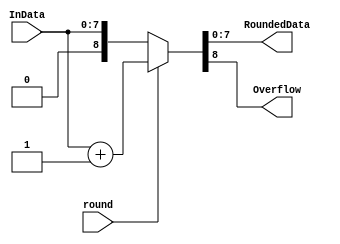
`timescale 1ns / 1ps
//////////////////////////////////////////////////////////////////////////////////
// Company: muhamedtawfik@outlook.com
// 
// Design Name: 
// Module Name:    roundAdder 
// Project Name:   Floating point unit 
// Target Devices: 
// Tool versions: 
// Description: 
//        this adder to get the exact floating point unit with least error 
//			 as the result could be infinite number of bits.
//////////////////////////////////////////////////////////////////////////////////
module roundAdder( round , InData , RoundedData , Overflow
    );
	 
	 parameter DataSize = 8 ; // the result size 
	 
	 input round ; // to indicate the result should be rounded or not
	 input [ DataSize - 1 : 0 ] InData ; // the result without the guard bits to be rounded
	 
	 output Overflow ; // to correct exponent 
	 output [ DataSize - 1 : 0 ] RoundedData ; // the final result 
	 
	 // if round = G ( L + R + T ) = 1 
	 // we should round up the result to the nearest or if tie to even 
    // which produce the less error 
	 // unless that the result stays the same without the guard bits.
	 assign { Overflow , RoundedData } = round ? (InData+1'b1) : (InData) ;  

endmodule